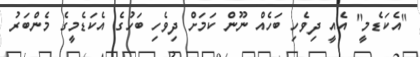
"އެކަޑެމީ" އެއީ ދިވެހި ބަހެއް ނޫން ކަމަށް ދިވެހި ބަހުގެ އެކަޑެމީގެ މެންބަރު